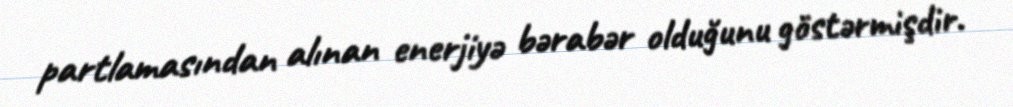
partlamasından alınan enerjiyə bərabər olduğunu göstərmişdir.